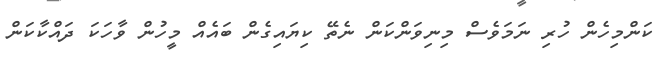
ކަންމިހެން ހުރި ނަމަވެސް މިނިވަންކަން ނެތޭ ކިޔައިގެން ބައެއް މީހުން ވާހަކަ ދައްކާކަން